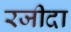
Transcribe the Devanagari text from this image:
रजीदा